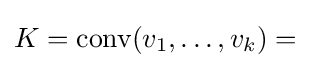
K={\text{conv}}(v_{1},\ldots ,v_{k})=